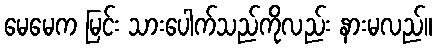
မေမေက မြင်း သားပေါက်သည်ကိုလည်း နားမလည်။